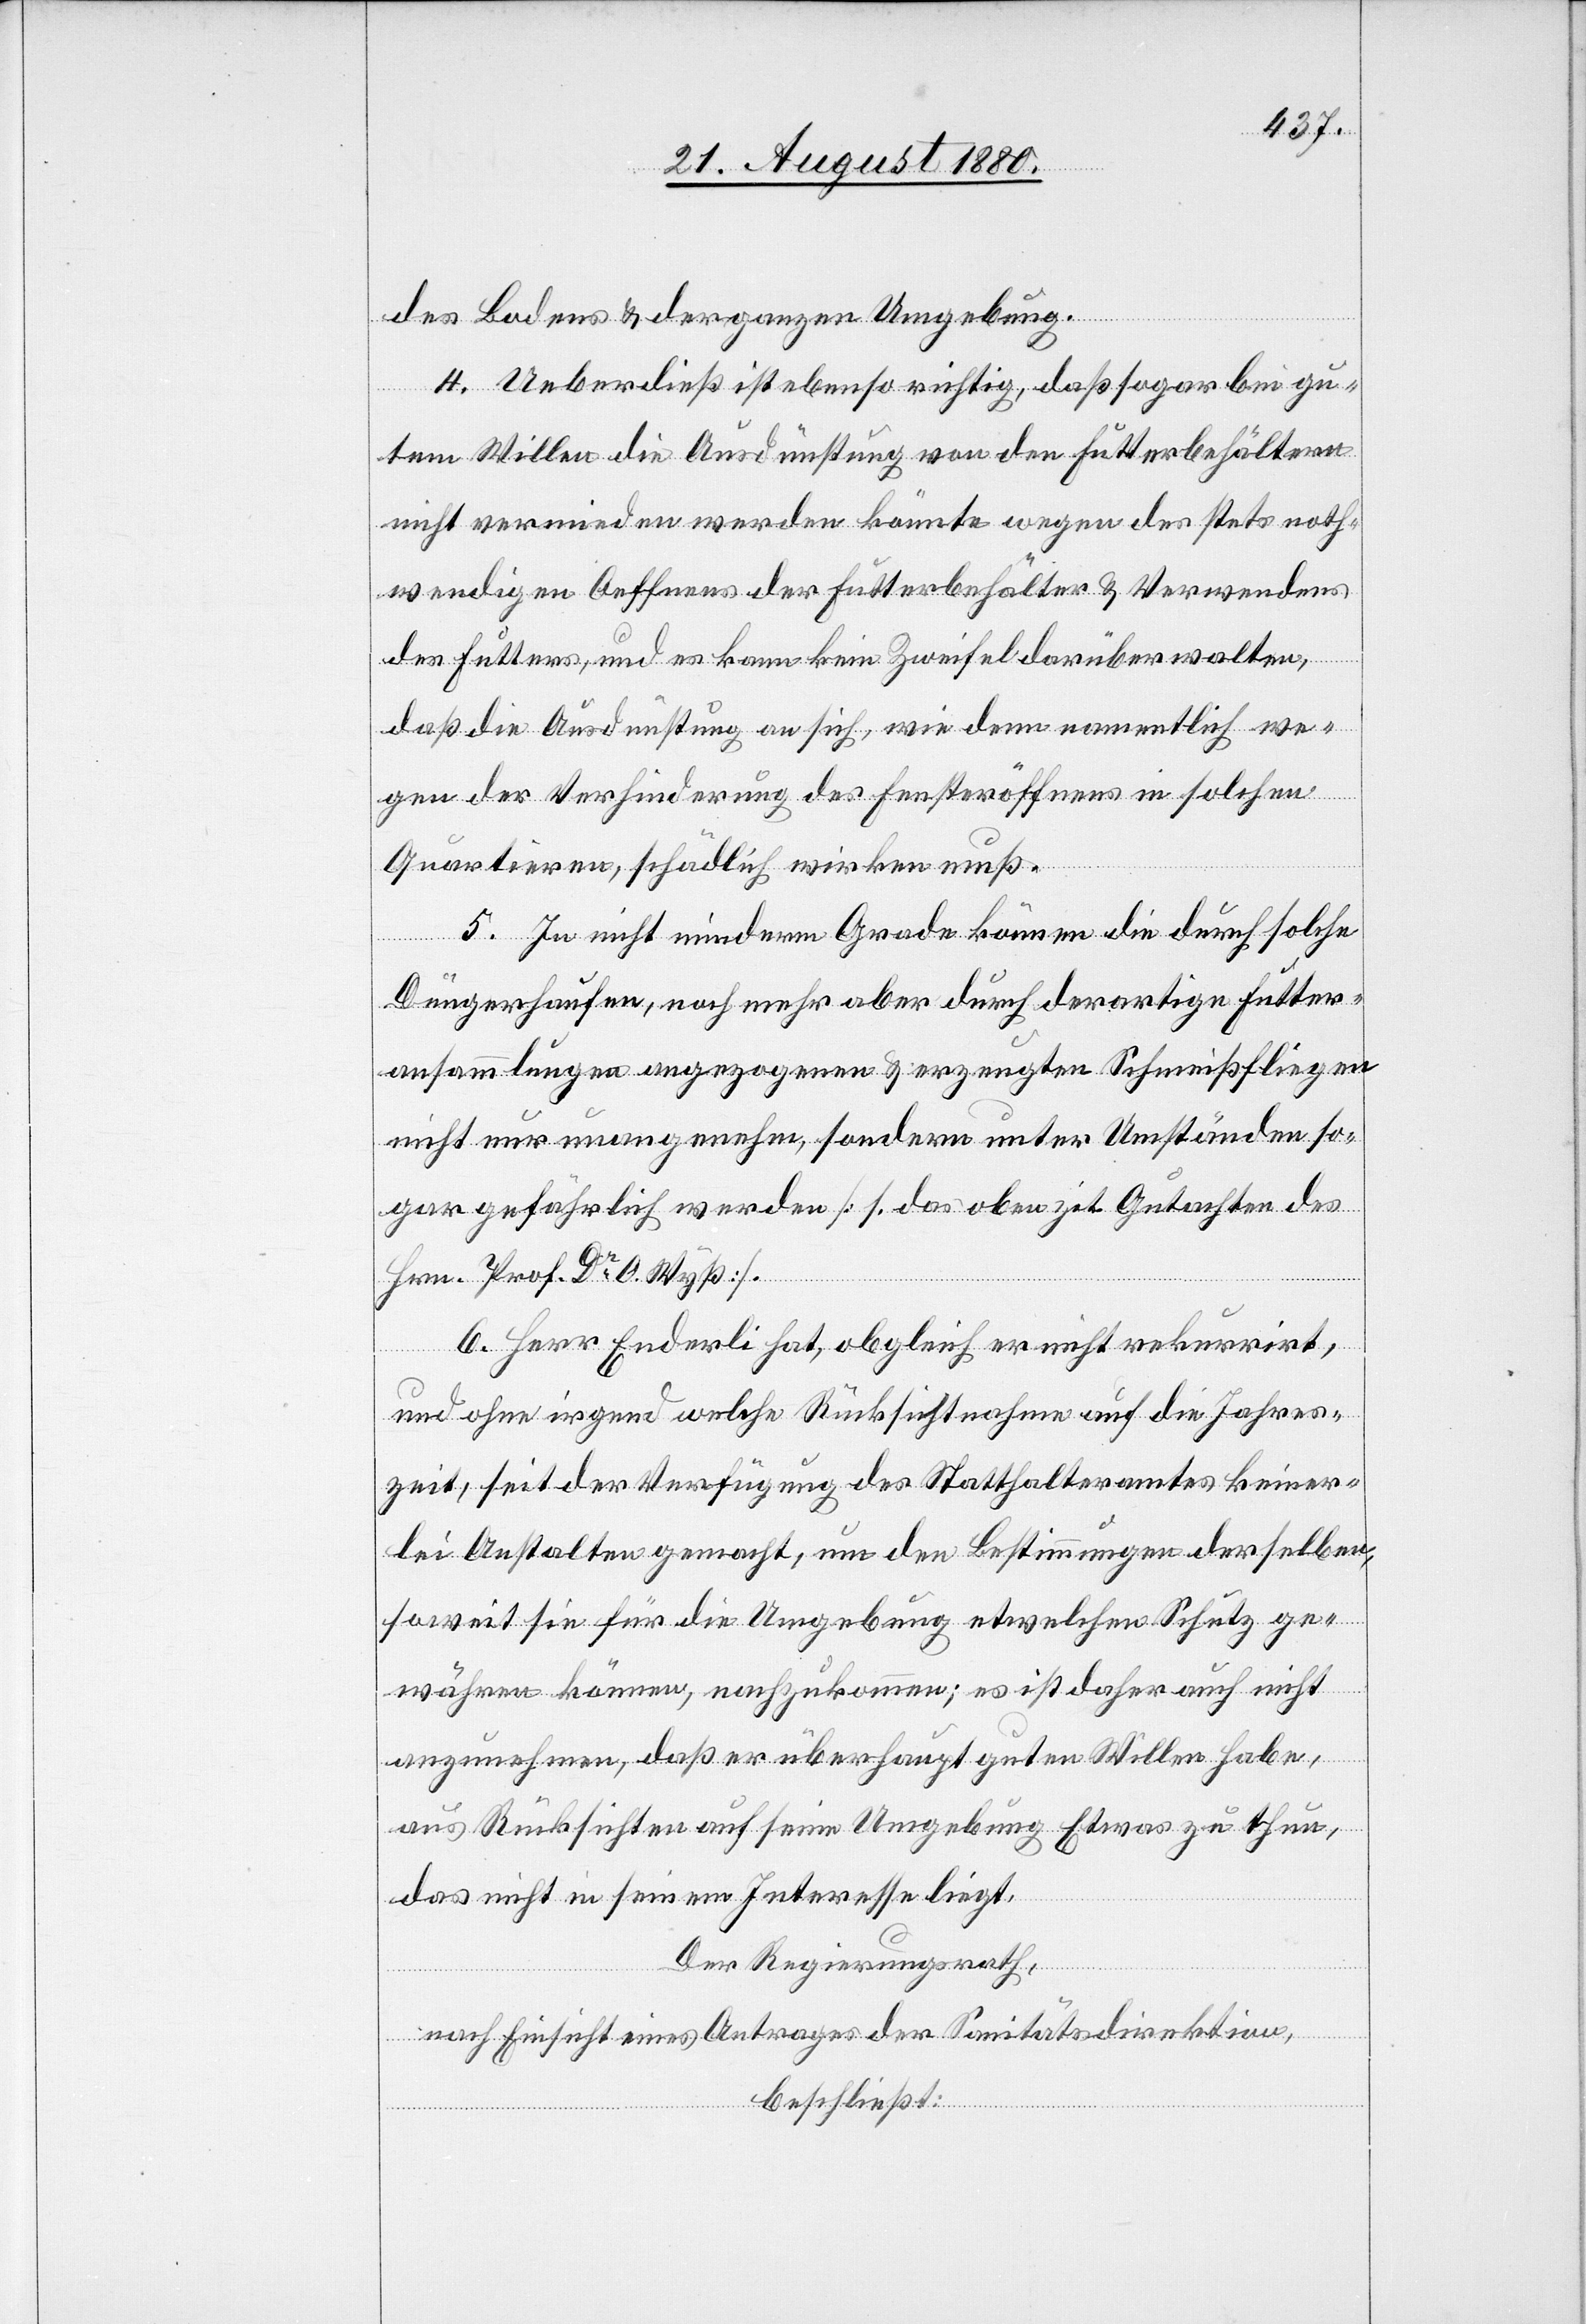
des Bodens & der ganzen Umgebung.
4. Ueberdieß ist ebenso richtig, daß sogar bei gu¬
tem Willen die Ausdünstung von den Futterbehältern
nicht vermieden werden könnte wegen des stets noth¬
wendigen Oeffnens der Futterbehälter & Verwendens
des Futters, und es kann kein Zweifel darüber walten,
daß die Ausdünstung an sich, wie dem nammentlich we¬
gen der Verhinderung des Fensteröffnens in solchen
Quartieren schädlich wirken muß.
5. In nicht minderm Grade können die durch solche
Düngerhaufen, noch mehr aber durch derartige Futter¬
ansammlungen angezogenen & erzeugten Schmeißfliegen
nicht nur unangenehm, sondern unter Umständen so¬
gar gefährlich werden [1. das oben zit. Gutachten des
Hrn. Prof. Dr O. Wyß].
6. Herr Enderli hat, obgleich er nicht rekurrirt,
und ohne irgend welche Rücksichtnahme auf die Jahres¬
zeit, seit der Verfügungen des Statthalteramtes keiner¬
lei Anstalten gemacht, um den Bestimmungen derselben,
soweit sei für die Umgebung etwelchen Schutz ge¬
währen können, nachzukommen; es ist daher auch nicht
anzunehmen, daß er überhaupt guten Willen habe,
aus Rücksichten auf seine Umgebung Etwas zu thun,
das nicht in seinem Interesse liegt.
Der Regierungsrath,
nach Einsicht eines Antrages der Sanitätsdirektion,
beschließt: